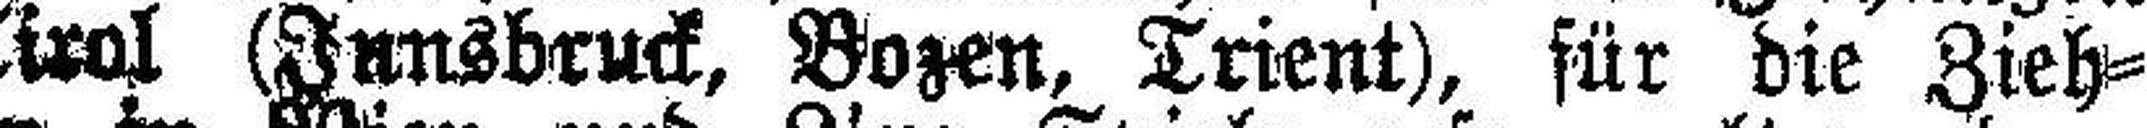
in Tirol (Innsbruck, Bozen, Trient), für die Zieh¬